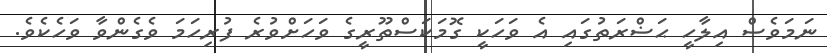
ނަމަވެސް އިލާހީ ޙަޟްރަތުގައި އެ ވަހަކީ ގޮމަކަސްތޫރީގެ ވަހަށްވުރެ ފުރިހަމަ ވެގެންވާ ވަހެކެވެ.